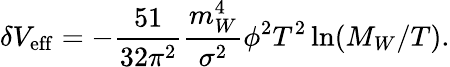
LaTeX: \delta V_{\mathrm{eff}}=-{\frac{51}{32\pi^{2}}}{\frac{m_{W}^{4}}{\sigma^{2}}}\phi^{2}T^{2}\ln(M_{W}/T).